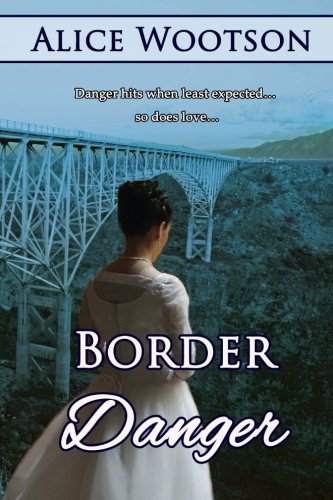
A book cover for Border Danger; Alice Wootson; Romance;